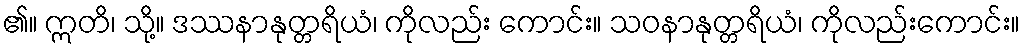
၏။ ဣတိ၊ သို့။ ဒဿနာနုတ္တရိယံ၊ ကိုလည်း ကောင်း။ သဝနာနုတ္တရိယံ၊ ကိုလည်းကောင်း။